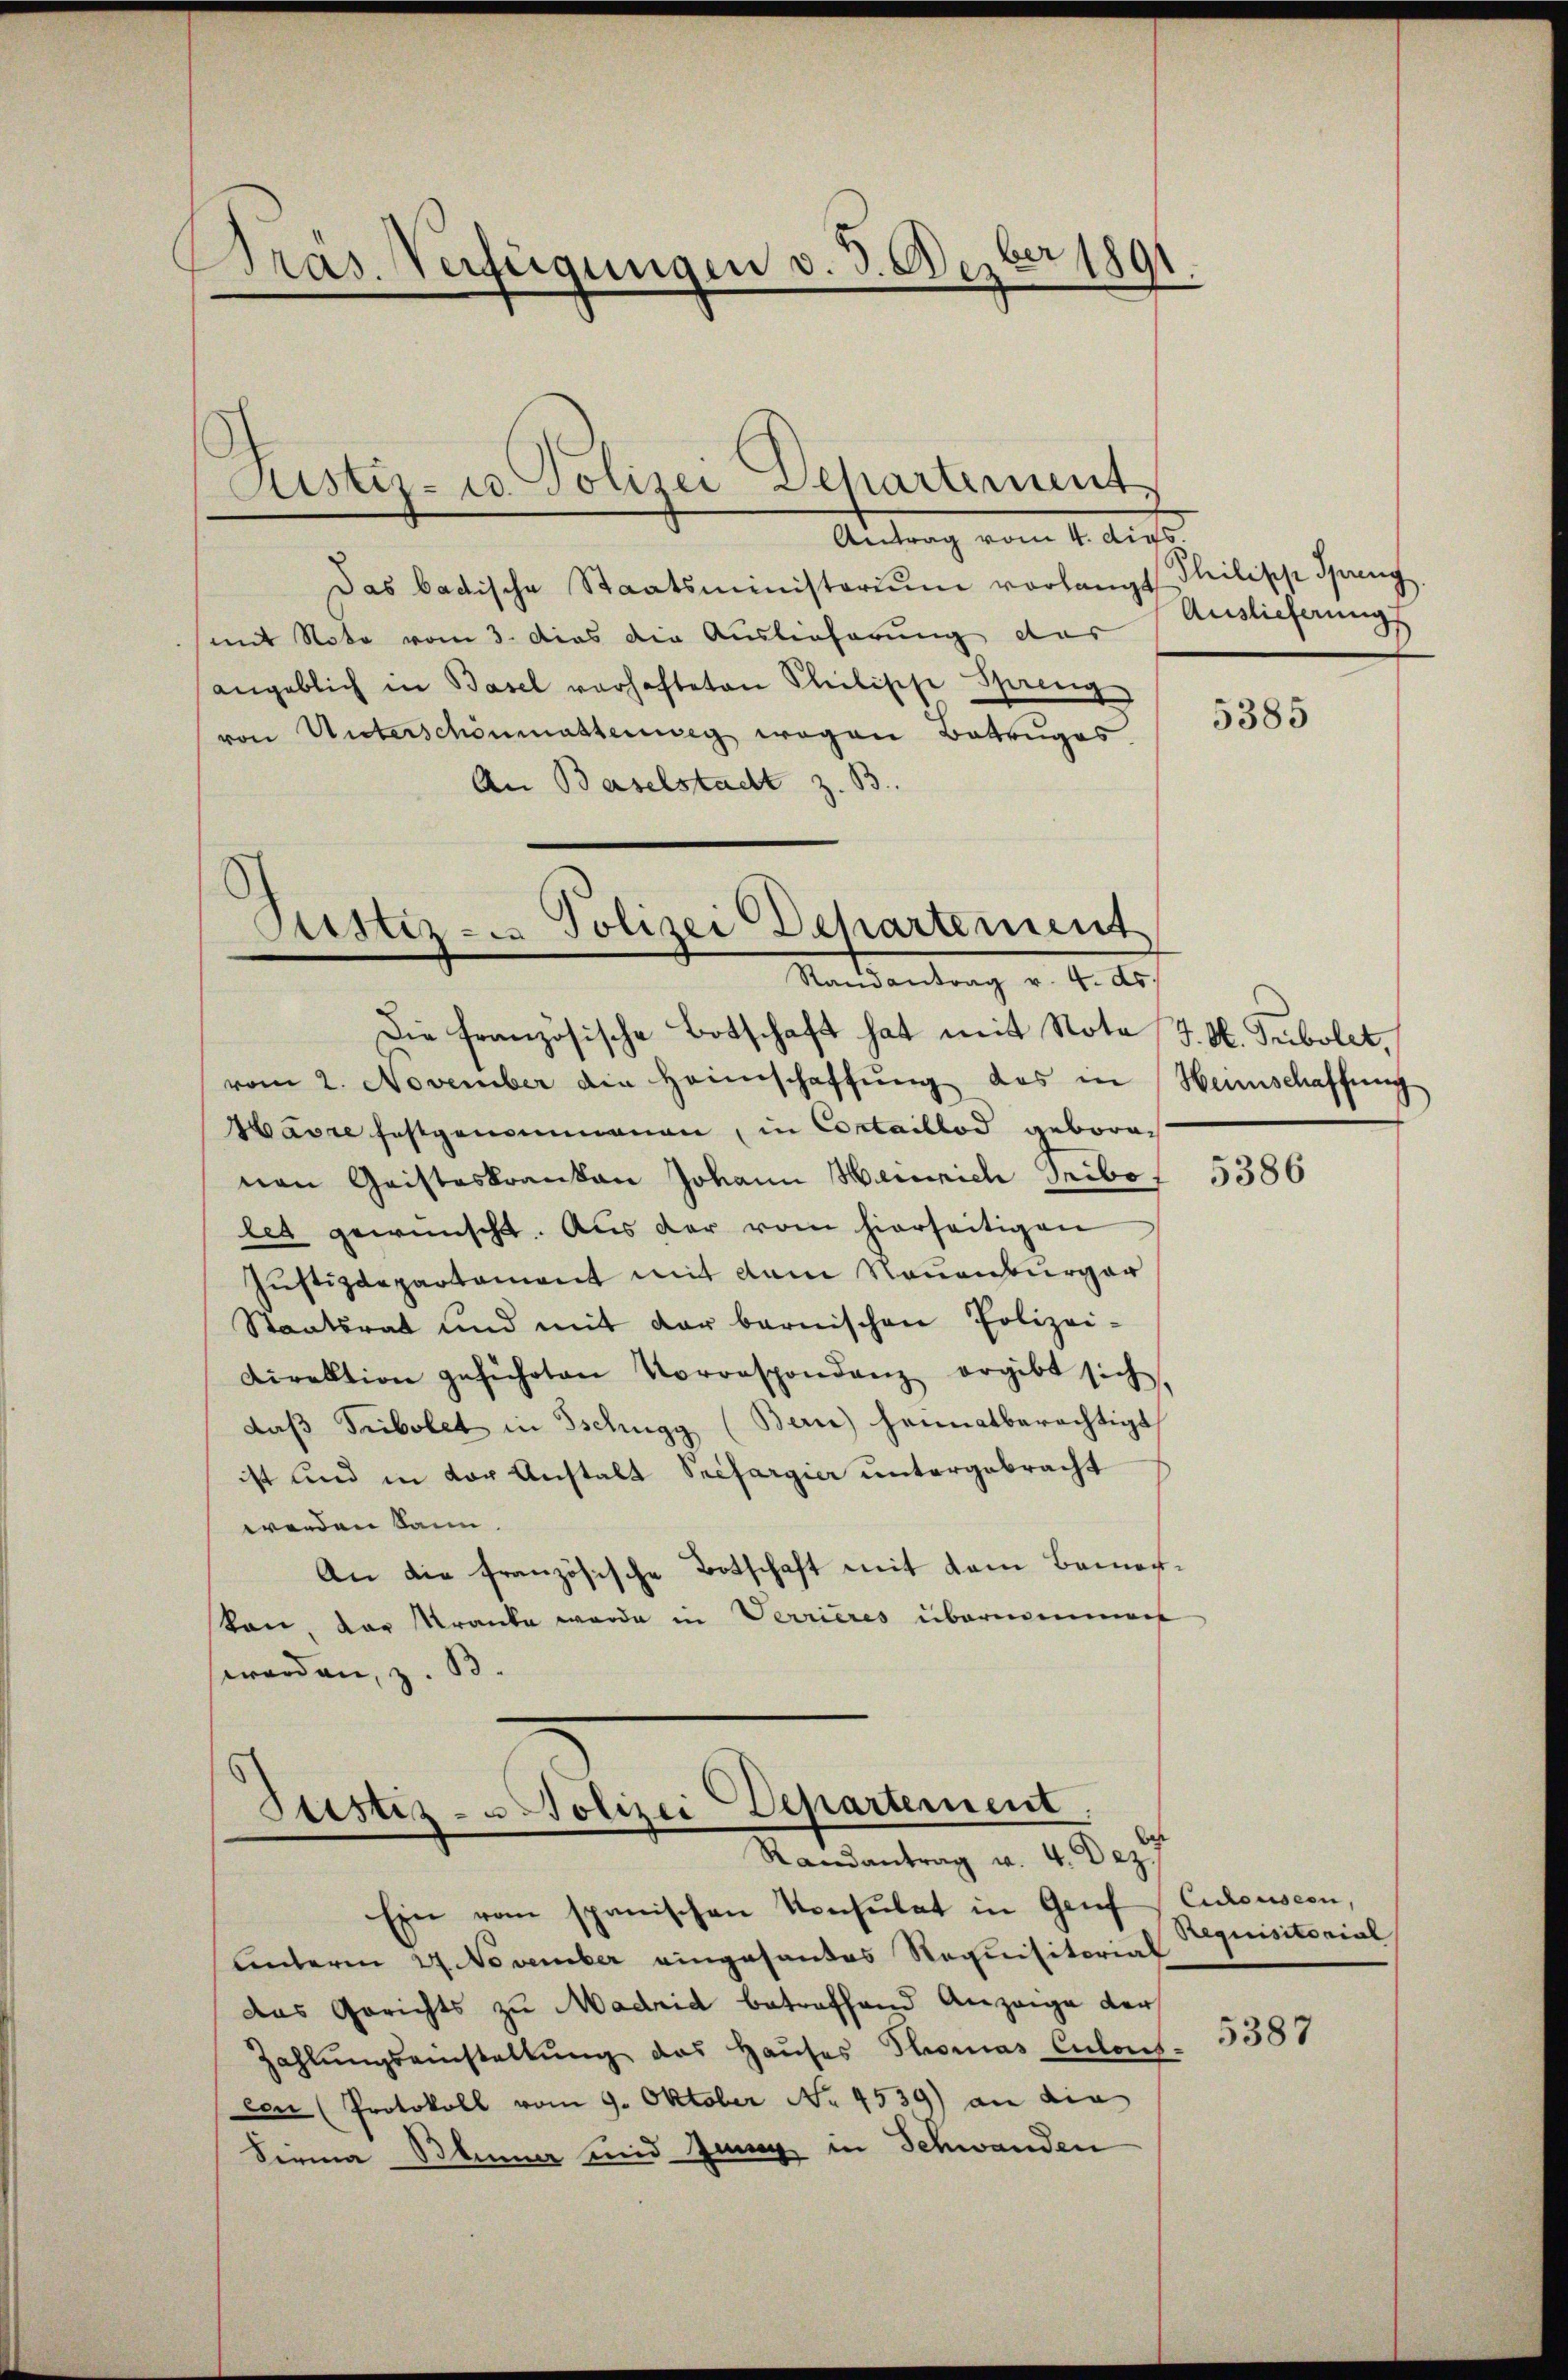
Dras. Verfügungen v. 3. Dezbr 1891

Antrag vom 4. dies
Das badische Staatsministerium vorlangt Thilipp Spreng
(mit Note vom 3. das die Auslieferung des
angeblich in Basel verhafteten Pleelische Spring
von Unterschönmassenweg wegen Betruges
An Baselstadt z. B.

Justiz- u. Polizei Departement.

Justiz- & Polizei Departement
Mandantrag v. 4. 20.

Die französische Botschaft hat mit Nota (J. A. Tribolet,
vom 2. November die Heimschaffŭng das in Heimschaffung
Havre festgenommenen, in Contaillod geboren
nen Geisteskranken Johann Heinrich Seibo,
let gewünscht. Aus der vom hierseitigen
Justizdepartament mit dem Neuenburger
Staatsrat und mit der barnischen Polizei-
Direktion geführten Vorrespondenz ergibt sich,
daβ Tribolet in Tschugg (Bern) heimatberechtigt
ist und in vor Anstalt Seefargier untergebracht
werden kann.
An die französische Botschaft mit dem Bemerten, der Kranke wurde in Verrieres übernommen
werden, z. B.

Justiz- u Polizei Departement
Randantrag v. 4. Dez.

Ein vom spanischen Konsulat in Genf (Culousern,
Unterm 27. November eingesantes Requisitorial
das Gerichts zu Madrid betreffend Anzeige der
Zahlungseinstellung das Hauses Thomas Culos-
eon (Protokoll vom 9. Oktober No. 4539) an die
Siena Blümer und Jung in Schwanden

Auslieferung

5385

5386

Requisitorial

5387